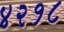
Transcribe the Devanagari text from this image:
४२१८